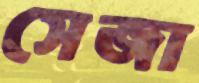
সেজা